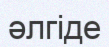
әлгіде